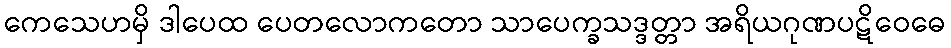
ကေသေဟမှိ ဒါပေထ ပေတလောကတော သာပေက္ခသဒ္ဒတ္တာ အရိယဂုဏပဋိဝေဓေ